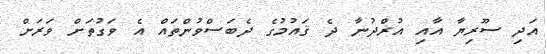
އަދި ސޫރިޔާ އާއި އުރްދުނާ ދެ ޤައުމުގެ ދެބަސްވުންތައް އެ ވަގުތަށް ވަރަށް